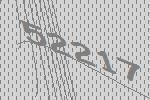
52217